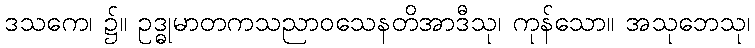
ဒသကေ၊ ၌။ ဥဒ္ဓုမာတကသညာဝသေနတိအာဒီသု၊ ကုန်သော။ အသုဘေသု၊